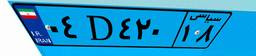
۰۴D۴۲۰۱۸